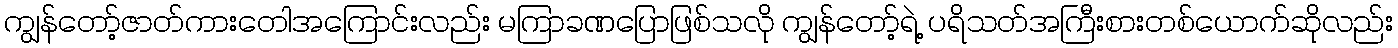
ကျွန်တော့်ဇာတ်ကားတေါအကြောင်းလည်း မကြာခဏပြောဖြစ်သလို ကျွန်တော့်ရဲ့ ပရိသတ်အကြီးစားတစ်ယောက်ဆိုလည်း